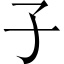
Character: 子